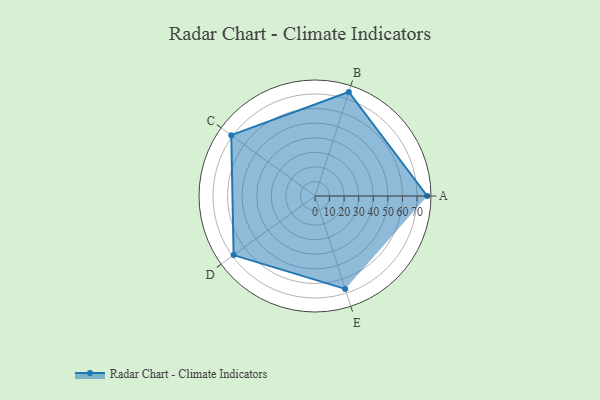
{"axis": {"x": "Skill", "y": "Score"}, "legend": ["Profile"], "data": [{"x": "A", "y": 77.0, "type": "Profile"}, {"x": "B", "y": 75.0, "type": "Profile"}, {"x": "C", "y": 71.0, "type": "Profile"}, {"x": "D", "y": 69.0, "type": "Profile"}, {"x": "E", "y": 67.0, "type": "Profile"}]}